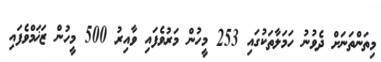
މިތަންތަނަށް ދެވުނު ހަމަލާތަކުގައި 253 މީހުން މަރުވެފައި ވާއިރު 500 މީހުން ޒަޚަމްވެފައި